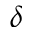
\delta